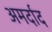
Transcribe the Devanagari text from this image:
अमर्दाद